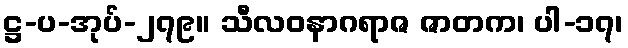
ဋ္ဌ-ပ-အုပ်-၂၇၉။ သီလဝနာဂရာဇ ဇာတက၊ ပါ-၁၇၊